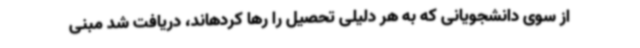
از سوی دانشجویانی که به هر دلیلی تحصیل را رها کردهاند، دریافت شد مبنی